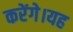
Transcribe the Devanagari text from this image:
करेंगे।यह